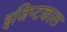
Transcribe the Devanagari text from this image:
इजिप्टकाल